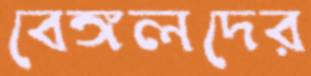
বেঙ্গলদের